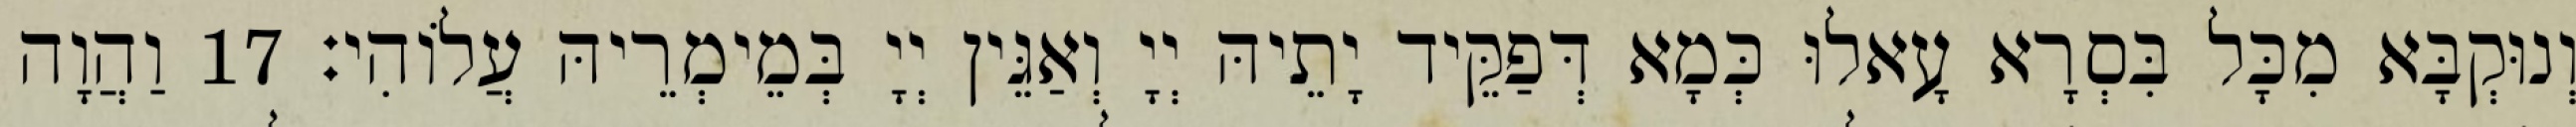
וְנוּקְבָּא מִכָּל בִּסְרָא עָאלוּ כְּמָא דְּפַקֵּיד יָתֵיהּ יְיָ וְאַגֵּין יְיָ בְּמֵימְרֵיהּ עֲלוֹהִי׃ 17 וַהֲוָה